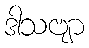
ဒါသဗျာ